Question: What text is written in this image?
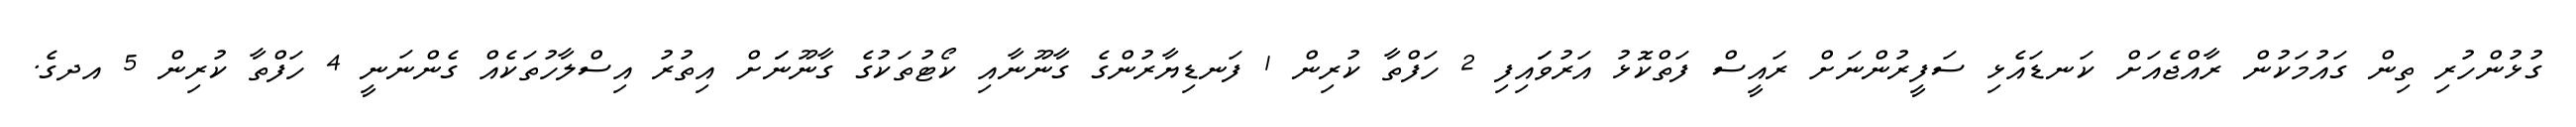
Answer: ގުޅުންހުރި ތިން ގައުމަކުން ރާއްޖެއަށް ކަނޑައެޅި ސަފީރުންނަށް ރައީސް ފަތްކޮޅު އަރުވަައިފި 2 ހަފްތާ ކުރިން 1 ފަނޑިޔާރުންގެ ގާނޫނާއި ކޯޓުތަކުގެ ގާނޫނަަށް އިތުރު އިސްލާހުތަކެއް ގެންނަނީ 4 ހަފްތާ ކުރިން 5 އދގެ.